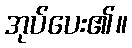
အုပ်ပေး၏။